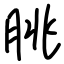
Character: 朓